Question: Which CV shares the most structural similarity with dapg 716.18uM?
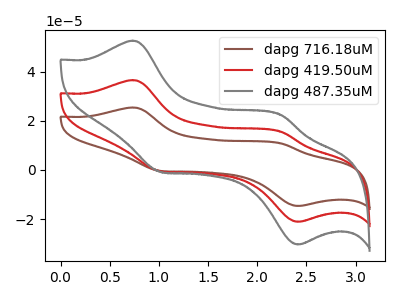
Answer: <think>The brown curve "dapg 716.18uM" has anodic peaks at (0.75V, 73.30uA) (2.25V, 31.10uA) and cathodic peaks at (1.00V, -1.15uA) (2.40V, -42.25uA). The red curve "dapg 419.50uM" has anodic peaks at (0.75V, 36.65uA) (2.25V, 15.55uA) and cathodic peaks at (1.00V, -0.55uA) (2.40V, -21.10uA). The gray curve "dapg 487.35uM" has anodic peaks at (0.75V, 52.70uA) (2.25V, 22.40uA) and cathodic peaks at (1.00V, -0.80uA) (2.40V, -30.40uA).
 All the peaks in "dapg 716.18uM" have a peak in "dapg 419.50uM" at the same potential. Every peak in "dapg 716.18uM" is higher than every peak in "dapg 419.50uM". All the peaks in "dapg 716.18uM" have a peak in "dapg 487.35uM" at the same potential. Every peak in "dapg 716.18uM" is higher than every peak in "dapg 487.35uM". All the peaks in "dapg 419.50uM" have a peak in "dapg 487.35uM" at the same potential. Every peak in "dapg 419.50uM" is lower than every peak in "dapg 487.35uM".</think>
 <answer>"dapg 716.18uM" and "dapg 419.50uM" have a similar shape to "dapg 487.35uM".</answer>
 <eval>"dapg 716.18uM" "dapg 419.50uM"</eval>